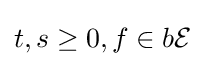
t,s\geq 0,f\in b{\mathcal {E}}